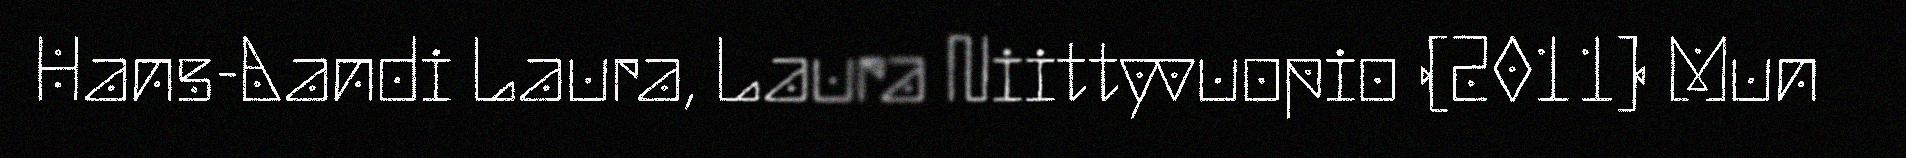
Hans-Aandi Laura, Laura Niittyvuopio (2011) Mun